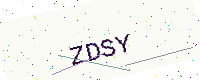
Text: ZDSY